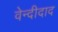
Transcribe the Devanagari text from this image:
वेन्दीदाद